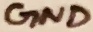
Text: GND